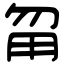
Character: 甮